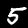
Digit: 5